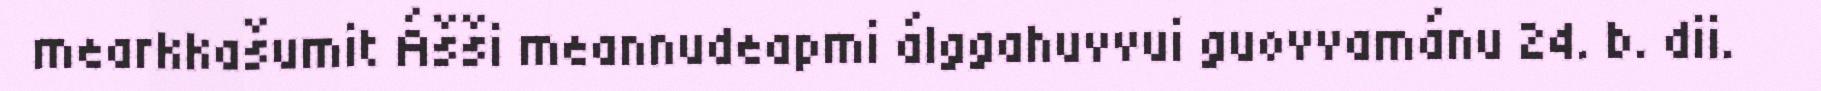
mearkkašumit Ášši meannudeapmi álggahuvvui guovvamánu 24. b. dii.